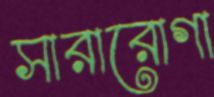
সারারোগা